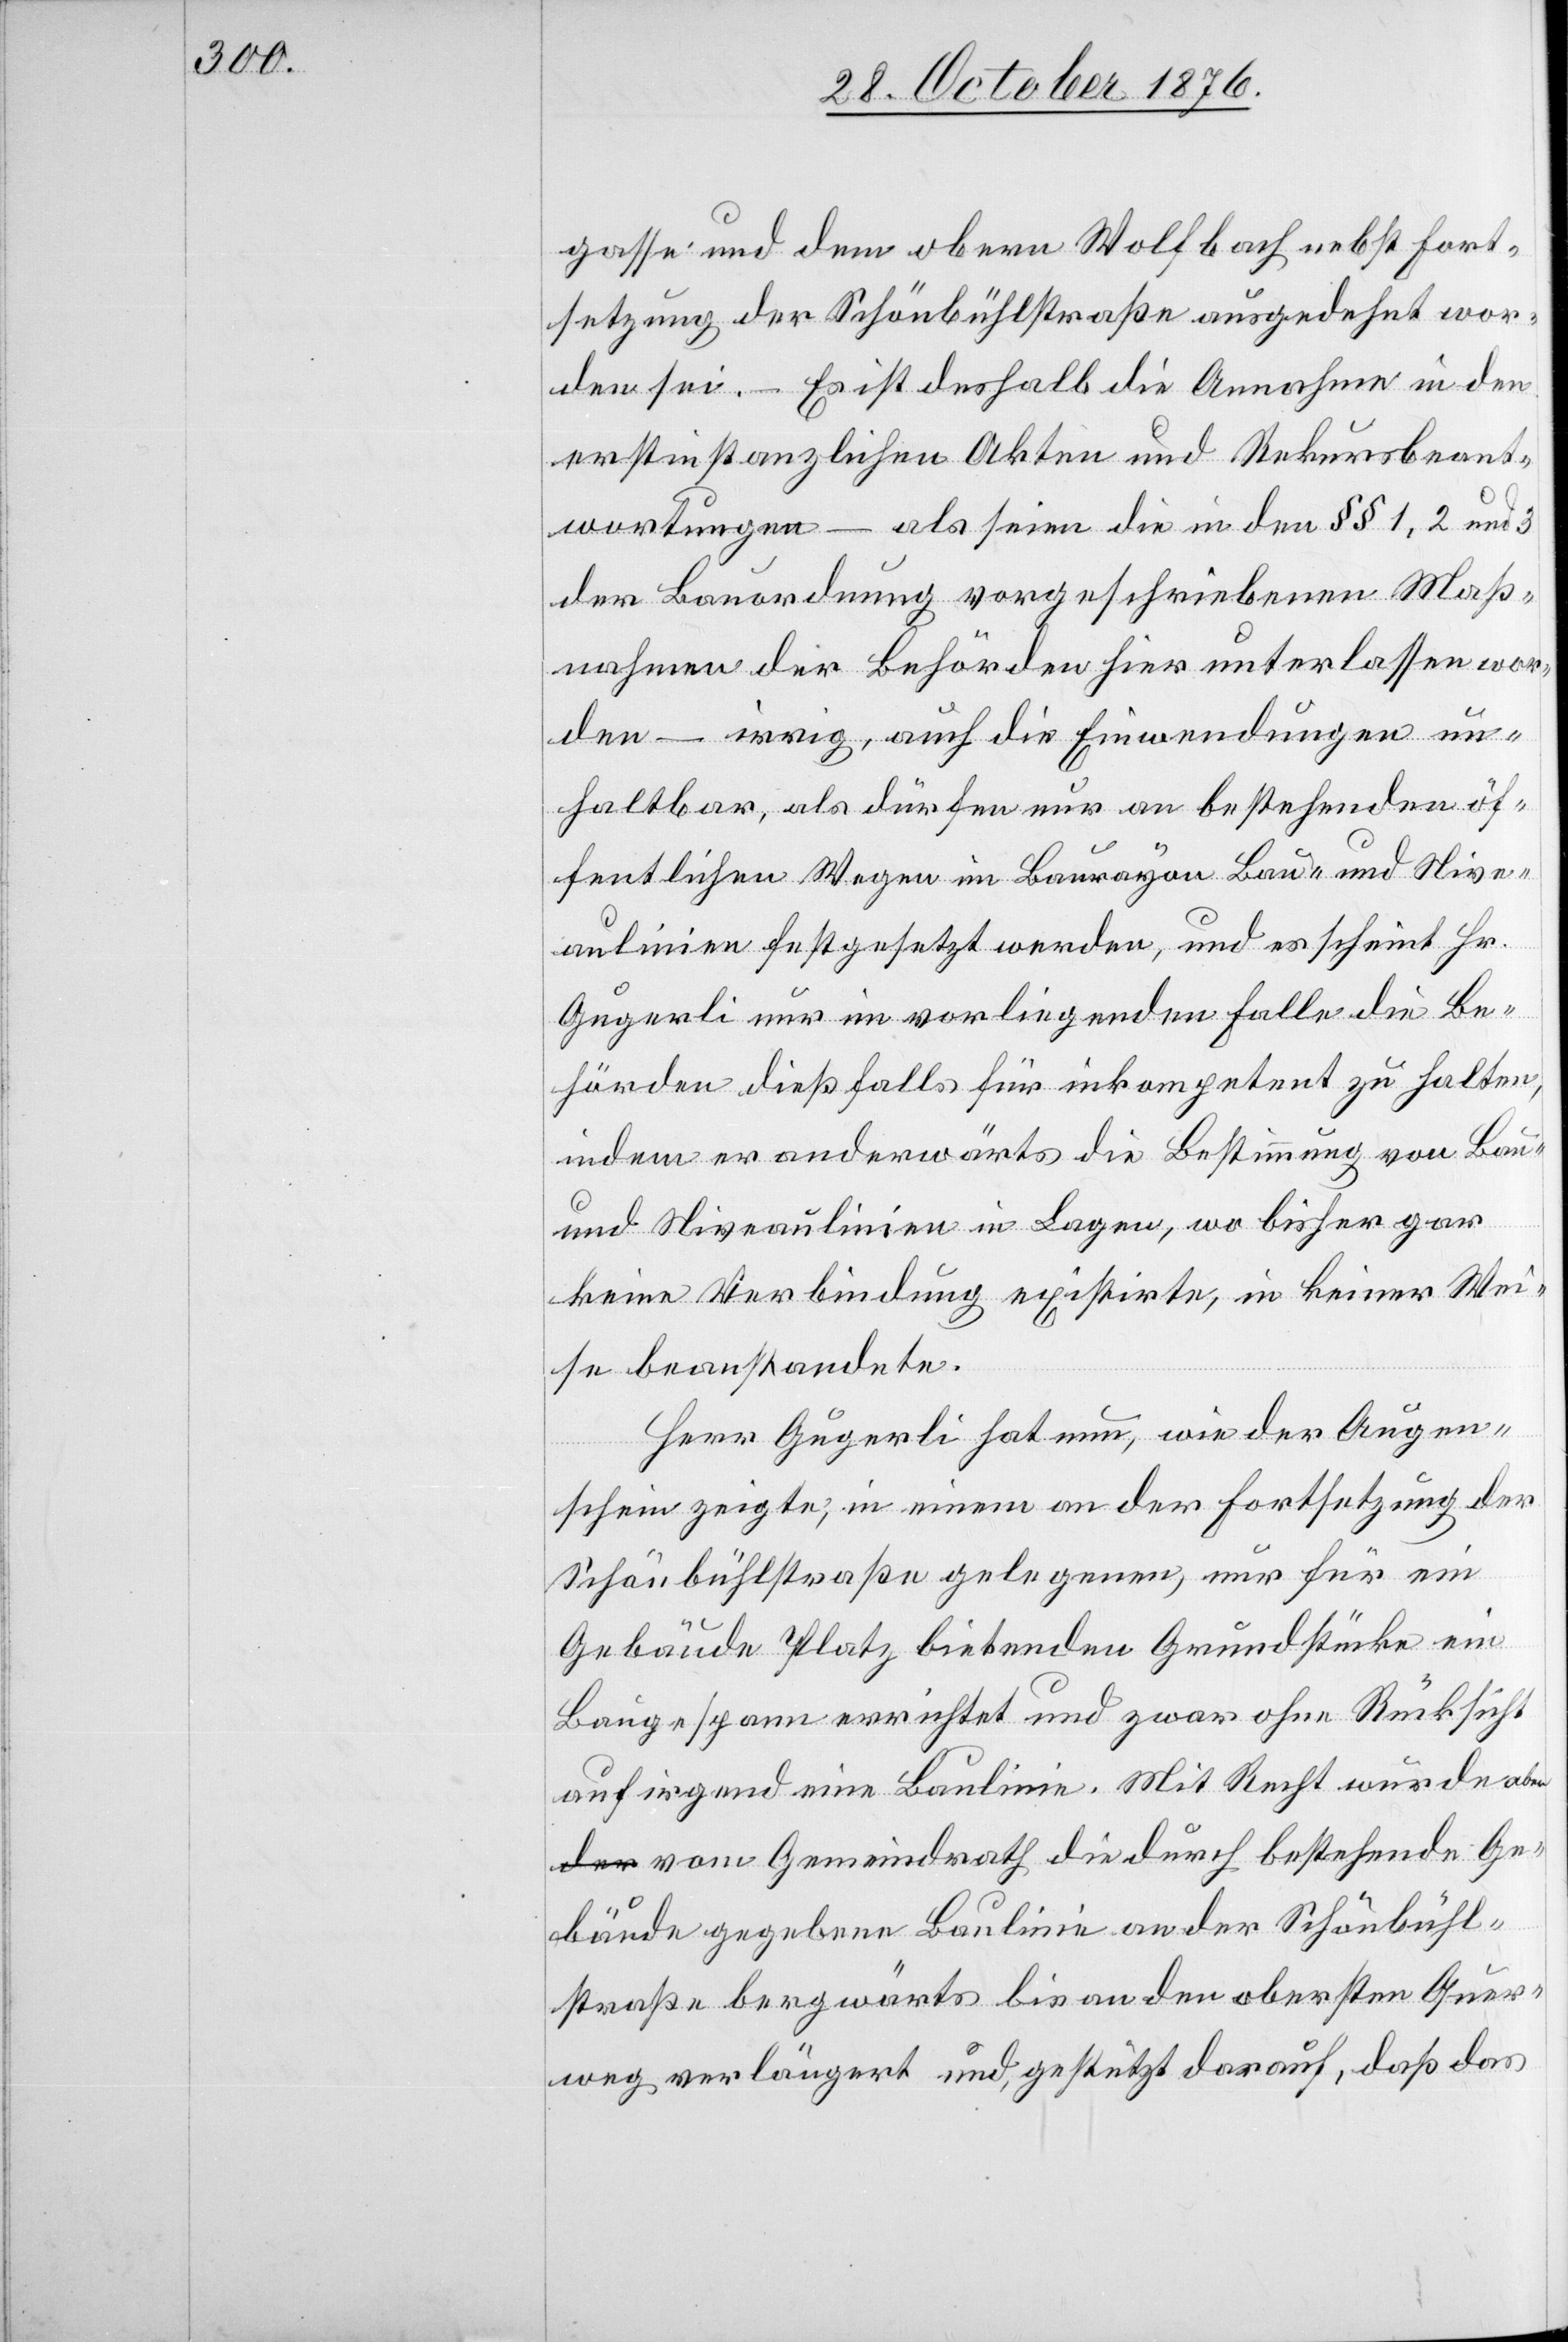
gasse und dem obern Wolfbach nebst Fort¬
setzung der Schönbühlstraße ausgedehnt wor¬
den sei. – Es ist deshalb die Annahme in den
erstinstanzlichen Akten und Rekursbeant¬
wortungen – als seien die in den §§ 1, 2 und
der Bauordnung vorgeschriebenen Maß¬
nahmen der Behörden hier unterlassen wor¬
den – irrig, auch die Einwendungen un¬
haltbar, als dürfen nur an bestehenden öf¬
fentlichen Wegen im Baurayon Bau- und Nive¬
aulinien festgesetzt werden, und es scheint Hr.
Gugerli nur im vorliegenden Falle die Be¬
hörden dießfalls für inkompetent zu halten,
indem er anderwärts die Bestimmung von Bau-
und Niveaulinien in Lagen, wo bisher gar
keine Verbindung existirte, in keiner Wei¬
se beanstandete.
Herr Gugerli hat nun, wie der Augen¬
schein zeigte, in einem an der Fortsetzung der
Schönbühlstraße gelegenen, nur für ein
Gebäude Platz bietenden Grundstücke ein
Baugespann errichtet und zwar ohne Rücksicht
auf irgend eine Baulinie. Mit Recht wurde ab¬
er vom Gemeindrath die durch bestehende Ge¬
bäude gegebene Baulinie an der Schönbühl¬
straße bergwärts bis an den obersten Quer¬
weg verlängert und, gestützt darauf, daß das